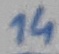
Text: 14